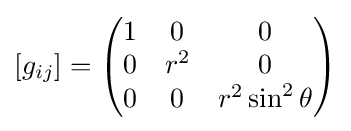
[g_{ij}]={\begin{pmatrix}1&0&0\\0&r^{2}&0\\0&0&r^{2}\sin ^{2}\theta \\\end{pmatrix}}